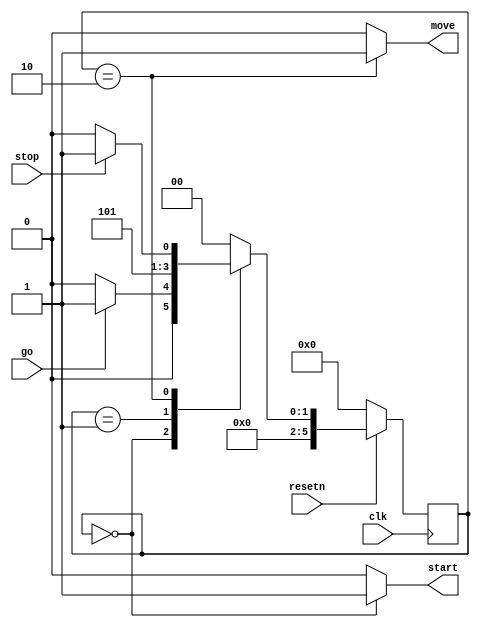
module control_10(
	input clk,
	input go,
	input stop,
	input resetn,
	output reg start,
	output reg move
	);
	reg [5:0] cur, next;
	localparam S_READY = 5'd0,
		  S_READY_WAIT = 5'd1,
		  S_MOVE  = 5'd2,
		  S_STOP  = 5'd3;
	always@(*)
	begin: state_table
		case (cur)
			S_READY: next = go ? S_READY_WAIT : S_READY;
			S_READY_WAIT: next = S_MOVE;
			S_MOVE: next = stop ? S_STOP : S_MOVE;
			S_STOP: next = S_READY;
			default: next = S_READY;
		endcase
	end
	always @(*)
	begin: enable_signals
		start = 1'b0;
		move = 1'b0;
		case (cur) 
			S_READY: begin 
				start = 1'b1;
			end
			S_MOVE: begin 
				move = 1'b1;
			end
			default: begin
			end
		endcase	
	end
	always@(posedge clk) 
	begin: state_FFs
		if (!resetn)
			cur <= S_READY;
		else 
			cur <= next;
	end
endmodule